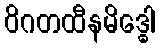
ဝိဂတထီနမိဒ္ဓေါ